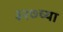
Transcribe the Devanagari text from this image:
३२७च्या